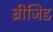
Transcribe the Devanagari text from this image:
ब्रीजिड